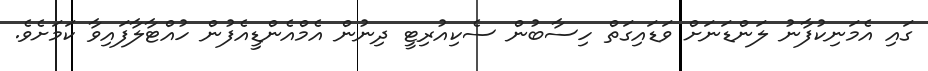
ގައި އެމަނިކުފާނު ލަންޑަނަށް ވަޑައިގަތް ހިސާބުން ސެކިއުރިޓީ ދިނުން އެމްއެންޑީއެފުން ހުއްޓާލާފައިވާ ކަމަށެވެ.